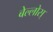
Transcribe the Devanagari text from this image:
बेल्लोस्